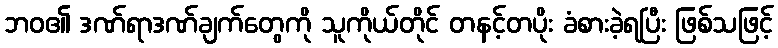
ဘဝ၏ ဒဏ်ရာဒဏ်ချက်တွေကို သူကိုယ်တိုင် တနင့်တပိုး ခံစားခဲ့ရပြီး ဖြစ်သဖြင့်